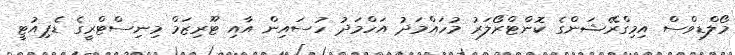
މޯލްޑިވްސް އިމިގްރޭޝަންގެ ކޮންޓްރޯލަރު މުހައްމަދު އަހްމަދު ހުސައިން އާއި ޓޫރިޒަމް މިނިސްޓްރީގެ ޑެޕިއުޓީ